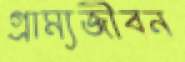
গ্রাম্যজীবন